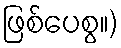
ဖြစ်ပေစွ။)